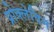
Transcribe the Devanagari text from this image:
प्रोक्लेविन